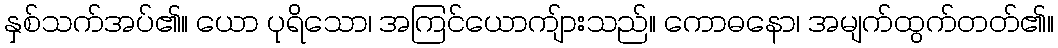
နှစ်သက်အပ်၏။ ယော ပုရိသော၊ အကြင်ယောကျ်ားသည်။ ကောဓနော၊ အမျက်ထွက်တတ်၏။